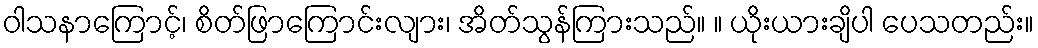
ဝါသနာကြောင့်၊ စိတ်ဖြာကြောင်းလျား၊ အိတ်သွန်ကြားသည်။ ။ ယိုးယားချိပါ ပေသတည်း။